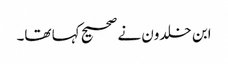
ابن خلدون نے صحیح کہا تھا۔